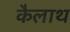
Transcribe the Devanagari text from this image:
कैलाथ